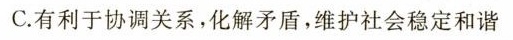
C.有利于协调关系，化解矛盾，维护社会稳定和谐